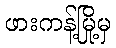
ဖားကန့်မြို့မှ